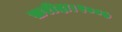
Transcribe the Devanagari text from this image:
ख़रीदा।२००७